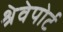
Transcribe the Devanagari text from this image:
श्रेवेपोर्ट